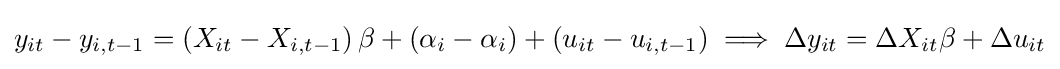
y_{it}-y_{i,t-1}=\left(X_{it}-X_{i,t-1}\right)\beta +\left(\alpha _{i}-\alpha _{i}\right)+\left(u_{it}-u_{i,t-1}\right)\implies \Delta y_{it}=\Delta X_{it}\beta +\Delta u_{it}